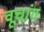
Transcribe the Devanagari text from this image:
वूचांग